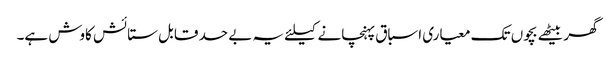
گھر بیٹھے بچوں تک معیاری اسباق پہنچانے کیلئے یہ بے حد قابل ستائش کاوش ہے۔